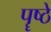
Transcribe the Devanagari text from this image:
पॄष्ठे